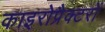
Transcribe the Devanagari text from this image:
काइरोप्रैक्टरों